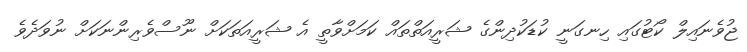
ޖުވެނައިލް ކޯޓުގައި ހިނގަނީ ކުޑަކުދިންގެ ޝަރީއަތްތައް ކަމަށްވާތީ އެ ޝަރީއަތަކަށް ނޫސްވެރިންނަކަށް ނުވަދެވެ